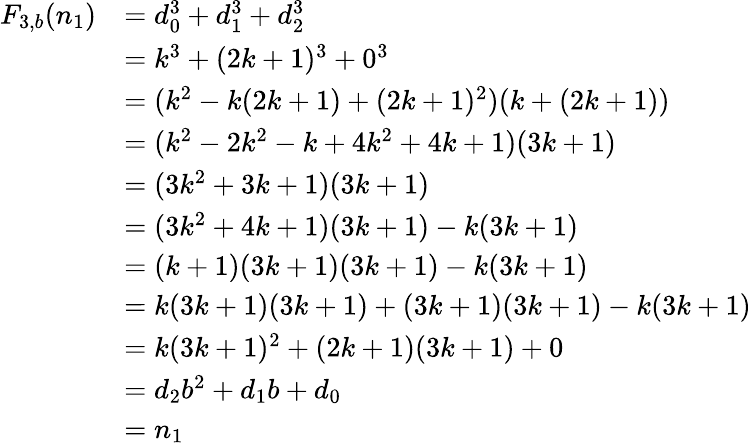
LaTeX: {\begin{array}{rl}{F_{3,b}(n_{1})}&{=d_{0}^{3}+d_{1}^{3}+d_{2}^{3}}\\ &{=k^{3}+(2k+1)^{3}+0^{3}}\\ &{=(k^{2}-k(2k+1)+(2k+1)^{2})(k+(2k+1))}\\ &{=(k^{2}-2k^{2}-k+4k^{2}+4k+1)(3k+1)}\\ &{=(3k^{2}+3k+1)(3k+1)}\\ &{=(3k^{2}+4k+1)(3k+1)-k(3k+1)}\\ &{=(k+1)(3k+1)(3k+1)-k(3k+1)}\\ &{=k(3k+1)(3k+1)+(3k+1)(3k+1)-k(3k+1)}\\ &{=k(3k+1)^{2}+(2k+1)(3k+1)+0}\\ &{=d_{2}b^{2}+d_{1}b+d_{0}}\\ &{=n_{1}}\end{array}}